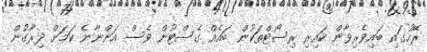
ރޭހުގައި ބައިވެރިވާން ކައިރި ރިސޯޓްތަކުން ބައެއް ގެސްޓުން ވެސް އަންނާނެ ކަމަށް ދިރާގުން